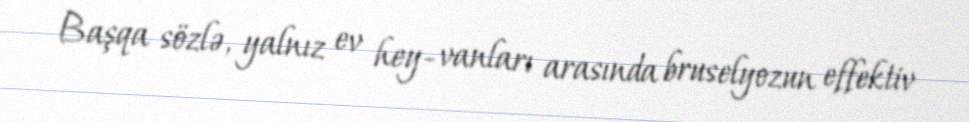
Başqa sözlə, yalnız ev hey- vanları arasında bruselyozun effektiv